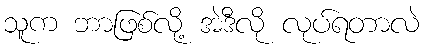
သူက ဘာဖြစ်လို့ အဲဒီလို လုပ်ရတာလဲ